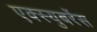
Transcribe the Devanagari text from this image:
एक्स्युबरेंस